Report of the Municipal Commissioner on the plague in Bombay for the year ending 31st May... - Volume 1
Disease focus: Plague
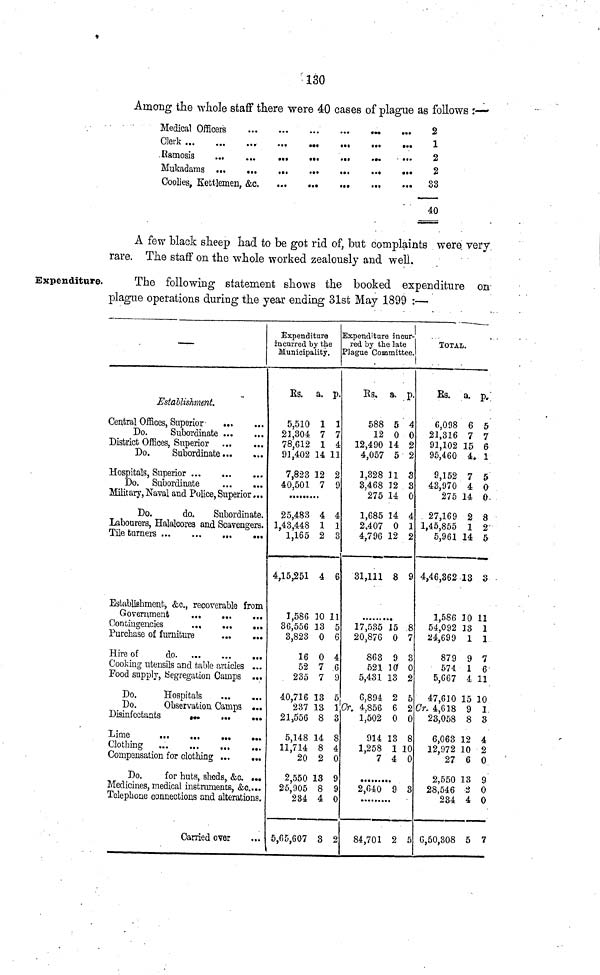
130
Among the whole staff there were 40 cases of plague as follows :—•
2
1
2
2
33
40
Expenditure.
A few black sheep had to be got rid of, but complaints were very
rare. The staff on the whole worked zealously and well.
The following statement shows the booked expenditure on
plague operations during the year ending 31st May 1899 :—
Establishment.
Central Offices, Superior
Do.
Subordinate
District Offices, Superior ...
...
Do.
Subordinate
Hospitals, Superior ...
Do. Subordinate
Military, Naval and Police, Superior ...
Do.
do.
Subordinate.
Labourers, Halalcores and Scavengers.
Establishment, &c., recoverable from
Government
...
...
...
Contingencies
Purchase of furniture
...
...
Hire of
do. ...
...
...
Cooking utensils and table articles ...
Food supply, Segregation Camps ...
Do.
Hospitals
Do.
Observation Camps ...
Disinfectants
Compensation for clothing ...
...
Do.
for huts, sheds &c. ...
Medicines, medical instruments, &c....
Telephone connections and alterations.
Carried over
Expenditure
incurred by the
Municipality,
Es. a. p.
5,510 1 1
21,304 7 7
78,612 1 4
91,402 14 11
7,823 12 2
40,501 7 9
25,483 4 4
1,43,448 1 1
1,165 2 3
4,15,251 4 6
1,586 10 11
Se'ööG 13 5
3,823 0 6
16 0 4
52 7 G
235 7 9
40,716 13 5
237 13 1
21,556 8 3
5,148 14 8
11,714 8 4
20 2 0
2 550 13 9
2 5,' 905 8 9
234 4 0
5,65,607 3 2
Expenditure incur-
red by the late
Plague Committee.
Rs. a. p.
588 5 4
12 0 0
12,490 14 2
4,057 5 2
1,328 11 3
3,468 12 3
275 14 0
1,685 14 4
2,407 0 1
4,796 12 2
31,111 8 9
17,535 15 8
20,876 0 7
863 9 3
521 10 0
5,431 13 2
6,894 2 5
Cr. 4,856 6 2
1,502 0 0
914 13 8
1,258 1 10
7 4 0
2,640 9 3
84,701 2
TOTAL.
Rs. a. p.
6,098 6 5
21,316 7 7
91,102 15 6
95,460 4 1
9,152 7 5
43,970 4 0
275 14 0
27,169 2 8
1,45,855 1 2
5,961 14 5
4,46,362 13 3
1,586 10 11
54,092 13 1
24,699 1 1
879 9 7
574 1 6
5,667 4 11
47,610 15 10
Cr. 4,618 9 1
23,058 8 3
6,063 12 4
12,972 10 2
27 6 0
2,550 13 9
28,546 2 0
234 4 0
6,50,308 5 7